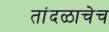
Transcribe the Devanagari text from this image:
तांदळाचेच